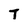
Character: t